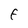
Character: F